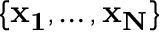
\{ \mathbf { x _ { 1 } } , \dotsc , \mathbf { x _ { N } } \}